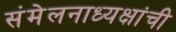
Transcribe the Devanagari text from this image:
संमेलनाध्यक्षांची